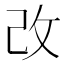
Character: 改